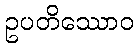
ဥပတိဿောဝ